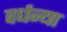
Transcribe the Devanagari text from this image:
वर्धन्या